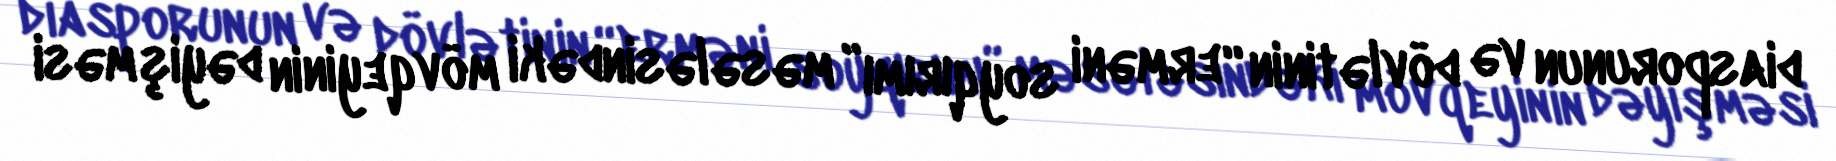
diasporunun və dövlətinin “erməni soyqırımı” məsələsindəki mövqeyinin dəyişməsi